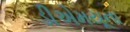
ડીએમયૂના